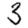
Digit: 3